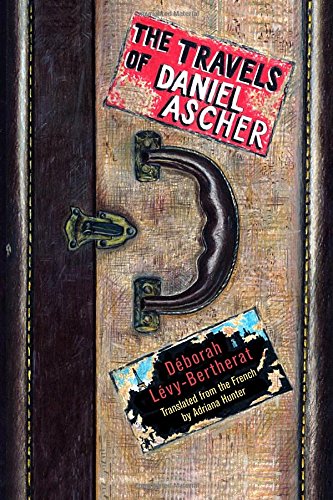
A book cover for The Travels of Daniel Ascher; DÃ©borah LÃ©vy-Bertherat; Literature & Fiction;